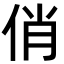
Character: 俏